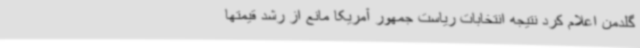
گلدمن اعلام کرد نتیجه انتخابات ریاست جمهور آمریکا مانع از رشد قیمتها